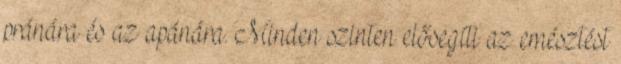
pránára és az apánára. Minden szinten elősegíti az emésztést